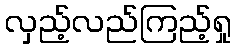
လှည့်လည်ကြည့်ရှု